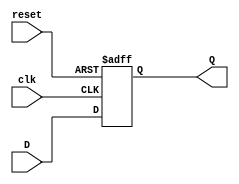
module FeedbackRegister (
    input wire clk,     // Clock signal
    input wire reset,   // Asynchronous reset signal
    input wire D,       // Data input
    output reg Q        // Data output (current state of the register)
);

// Always block triggered on the clock edge and reset signal
always @(posedge clk or posedge reset) begin
    if (reset) begin
        Q <= 1'b0;    // Set the register to a predefined state (0)
    end else begin
        Q <= D;       // Capture the input data on the rising edge of the clock
    end
end

endmodule